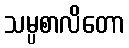
သမ္ပစာလိတော